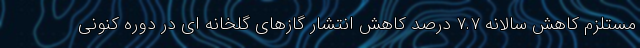
مستلزم کاهش سالانه ۷.۷ درصد کاهش انتشار گازهای گلخانه ای در دوره کنونی